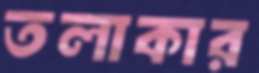
তলাকার